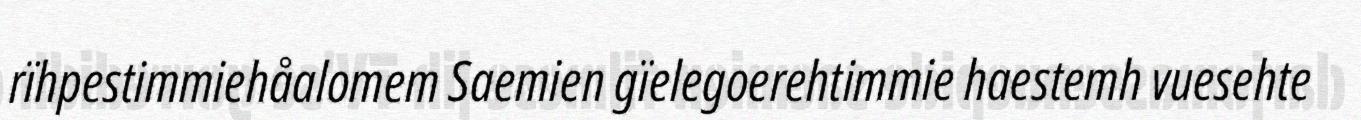
rïhpestimmiehåalomem Saemien gïelegoerehtimmie haestemh vuesehte